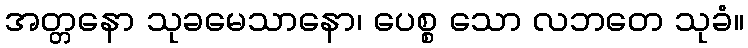
အတ္တနော သုခမေသာနော၊ ပေစ္စ သော လဘတေ သုခံ။